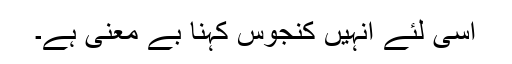
اسی لئے انہیں کنجوس کہنا بے معنی ہے۔